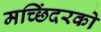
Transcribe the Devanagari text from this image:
मच्छिंदरको